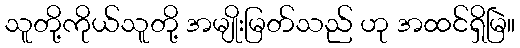
သူတို့ကိုယ်သူတို့ အမျိုးမြတ်သည် ဟု အထင်ရှိမြဲ။